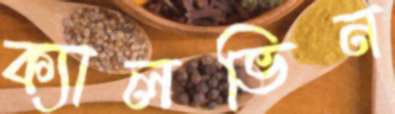
ক্যালভিন